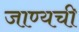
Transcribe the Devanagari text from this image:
जाण्यची